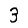
Digit: 3